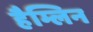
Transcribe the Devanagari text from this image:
हैम्लिन